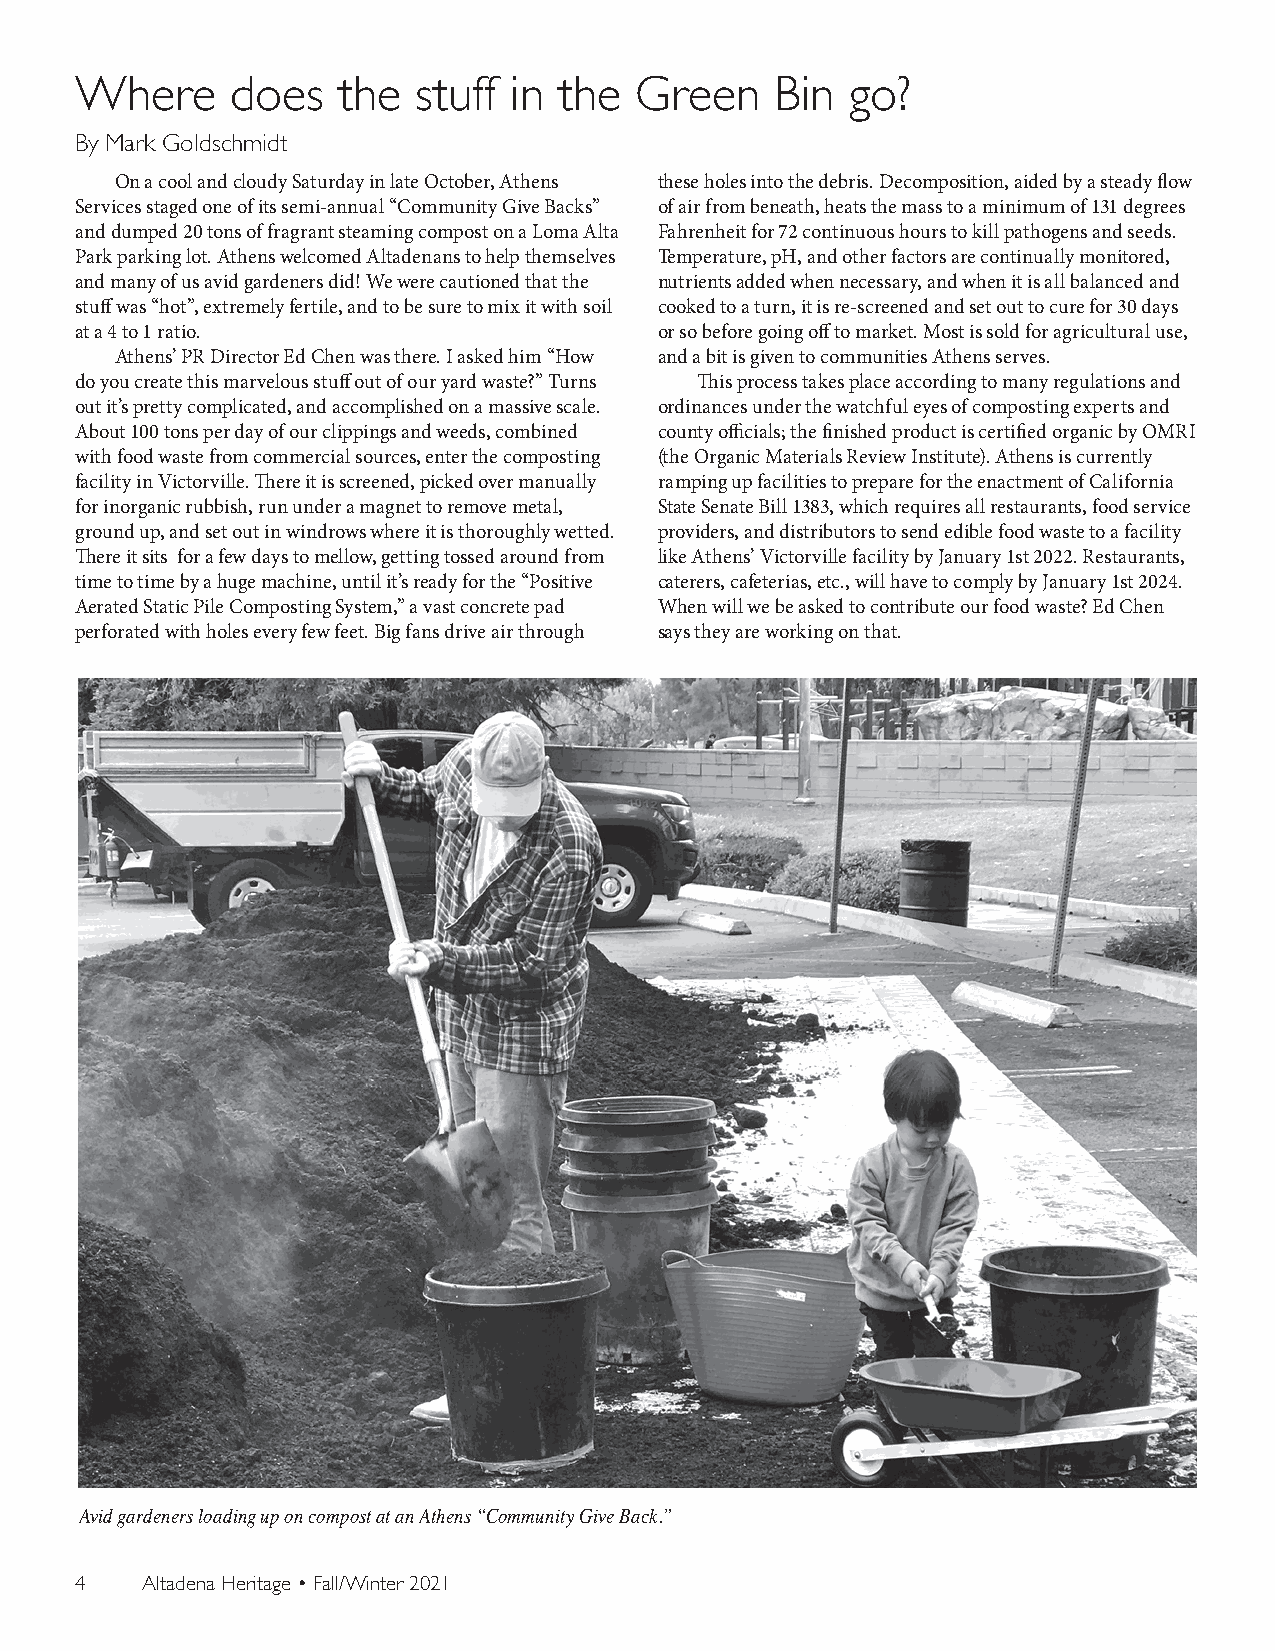
Where     does   the  stuff  in the  Green    Bin  go?
 By Mark Goldschmidt
 On a cool and cloudy Saturday in late October, Athens these holes into the debris. Decomposition, aided by a steady flow
 Services staged one of its semi-annual “Community Give Backs” of air from beneath, heats the mass to a minimum of 131 degrees
 and dumped 20 tons of fragrant steaming compost on a Loma Alta Fahrenheit for 72 continuous hours to kill pathogens and seeds.
 Park parking lot. Athens welcomed Altadenans to help themselves Temperature, pH, and other factors are continually monitored,
 and many of us avid gardeners did! We were cautioned that the nutrients added when necessary, and when it is all balanced and
 stuff was “hot”, extremely fertile, and to be sure to mix it with soil cooked to a turn, it is re-screened and set out to cure for 30 days
 at a 4 to 1 ratio.                     or so before going off to market. Most is sold for agricultural use,
 Athens’ PR Director Ed Chen was there. I asked him “How and a bit is given to communities Athens serves.
 do you create this marvelous stuff out of our yard waste?” Turns This process takes place according to many regulations and
 out it’s pretty complicated, and accomplished on a massive scale. ordinances under the watchful eyes of composting experts and
 About 100 tons per day of our clippings and weeds, combined county officials; the finished product is certified organic by OMRI
 with food waste from commercial sources, enter the composting (the Organic Materials Review Institute). Athens is currently
 facility in Victorville. There it is screened, picked over manually ramping up facilities to prepare for the enactment of California
 for inorganic rubbish, run under a magnet to remove metal, State Senate Bill 1383, which requires all restaurants, food service
 ground up, and set out in windrows where it is thoroughly wetted. providers, and distributors to send edible food waste to a facility
 There it sits for a few days to mellow, getting tossed around from like Athens’ Victorville facility by January 1st 2022. Restaurants,
 time to time by a huge machine, until it’s ready for the “Positive caterers, cafeterias, etc., will have to comply by January 1st 2024.
 Aerated Static Pile Composting System,” a vast concrete pad When will we be asked to contribute our food waste? Ed Chen
 perforated with holes every few feet. Big fans drive air through says they are working on that.
 Avid gardeners loading up on compost at an Athens “Community Give Back.”
 4   Altadena Heritage • Fall/Winter 2021